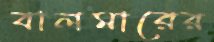
বালমারের